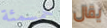
خمسمئة يقال